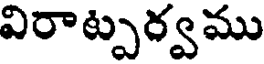
విరాట్పర్వము